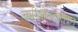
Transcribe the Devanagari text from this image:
चर्मराशेरूत्क्लेदात्